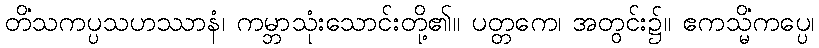
တိံသကပ္ပသဟဿာနံ၊ ကမ္ဘာသုံးသောင်းတို့၏။ ပတ္တကေ၊ အတွင်း၌။ ဧကသ္မိံကပ္ပေ၊